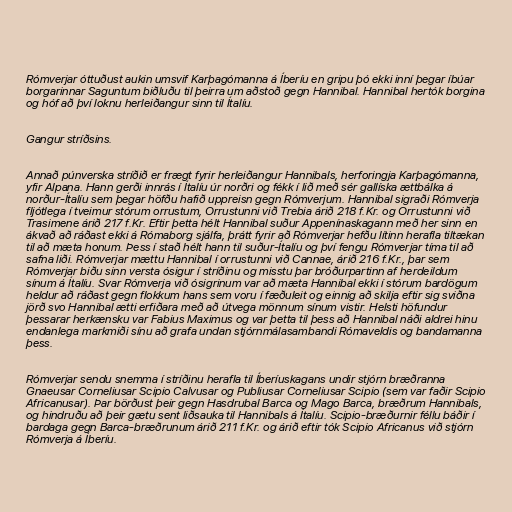
Rómverjar óttuðust aukin umsvif Karþagómanna á Íberíu en gripu þó ekki inní þegar íbúar
borgarinnar Saguntum biðluðu til þeirra um aðstoð gegn Hannibal. Hannibal hertók borgina
og hóf að því loknu herleiðangur sinn til Ítalíu.

Gangur stríðsins.

Annað púnverska stríðið er frægt fyrir herleiðangur Hannibals, herforingja Karþagómanna,
yfir Alpana. Hann gerði innrás í Ítalíu úr norðri og fékk í lið með sér gallíska ættbálka á
norður-Ítalíu sem þegar höfðu hafið uppreisn gegn Rómverjum. Hannibal sigraði Rómverja
fljótlega í tveimur stórum orrustum, Orrustunni við Trebia árið 218 f.Kr. og Orrustunni við
Trasimene árið 217 f.Kr. Eftir þetta hélt Hannibal suður Appenínaskagann með her sinn en
ákvað að ráðast ekki á Rómaborg sjálfa, þrátt fyrir að Rómverjar hefðu lítinn herafla tiltækan
til að mæta honum. Þess í stað hélt hann til suður-Ítalíu og því fengu Rómverjar tíma til að
safna liði. Rómverjar mættu Hannibal í orrustunni við Cannae, árið 216 f.Kr., þar sem
Rómverjar biðu sinn versta ósigur í stríðinu og misstu þar bróðurpartinn af herdeildum
sínum á Ítalíu. Svar Rómverja við ósigrinum var að mæta Hannibal ekki í stórum bardögum
heldur að ráðast gegn flokkum hans sem voru í fæðuleit og einnig að skilja eftir sig sviðna
jörð svo Hannibal ætti erfiðara með að útvega mönnum sínum vistir. Helsti höfundur
þessarar herkænsku var Fabius Maximus og var þetta til þess að Hannibal náði aldrei hinu
endanlega markmiði sínu að grafa undan stjórnmálasambandi Rómaveldis og bandamanna
þess.

Rómverjar sendu snemma í stríðinu herafla til Íberíuskagans undir stjórn bræðranna
Gnaeusar Corneliusar Scipio Calvusar og Publiusar Corneliusar Scipio (sem var faðir Scipio
Africanusar). Þar börðust þeir gegn Hasdrubal Barca og Mago Barca, bræðrum Hannibals,
og hindruðu að þeir gætu sent liðsauka til Hannibals á Ítalíu. Scipio-bræðurnir féllu báðir í
bardaga gegn Barca-bræðrunum árið 211 f.Kr. og árið eftir tók Scipio Africanus við stjórn
Rómverja á Íberíu.